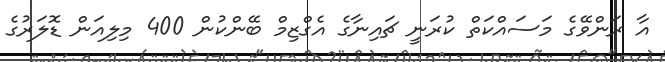
އާ ރަންވޭގެ މަސައްކަތް ކުރަނީ ޗައިނާގެ އެގްޒިމް ބޭންކުން 400 މިލިއަން ޑޮލަރުގެ